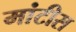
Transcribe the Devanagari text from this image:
मांटीस